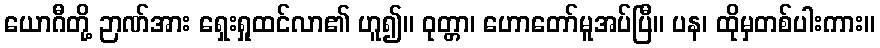
ယောဂီတို့ ဉာဏ်အား ရှေးရှုထင်လာ၏ ဟူ၍။ ဝုတ္တာ၊ ဟောတော်မူအပ်ပြီ။ ပန၊ ထိုမှတစ်ပါးကား။